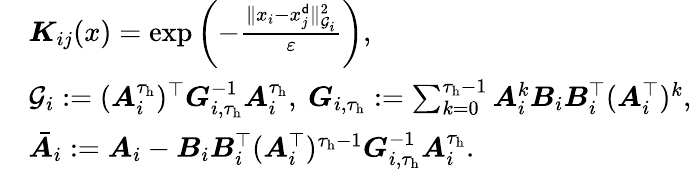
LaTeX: \begin{array}{rl}&{{\boldsymbol K}_{ij}(x)=\exp\left(-\frac{\| x_{i}-x_{j}^{\sf d}\| _{{\mathcal G}_{i}}^{2}}{\varepsilon}\right),}\\ &{{\mathcal G}_{i}:=({\boldsymbol A}_{i}^{\tau_{\mathrm{h}}})^{\top}{\boldsymbol G}_{i,\tau_{\mathrm{h}}}^{-1}{\boldsymbol A}_{i}^{\tau_{\mathrm{h}}},\ {\boldsymbol G}_{i,\tau_{\mathrm{h}}}:=\sum_{k=0}^{\tau_{\mathrm{h}}-1}{\boldsymbol A}_{i}^{k}{\boldsymbol B}_{i}{\boldsymbol B}_{i}^{\top}({\boldsymbol A}_{i}^{\top})^{k},}\\ &{\bar{{\boldsymbol A}}_{i}:={\boldsymbol A}_{i}-{\boldsymbol B}_{i}{\boldsymbol B}_{i}^{\top}({\boldsymbol A}_{i}^{\top})^{\tau_{\mathrm{h}}-1}{\boldsymbol G}_{i,\tau_{\mathrm{h}}}^{-1}{\boldsymbol A}_{i}^{\tau_{\mathrm{h}}}.}\end{array}